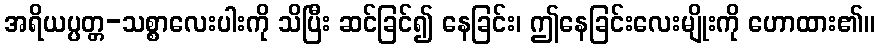
အရိယပ္ပတ္တ-သစ္စာလေးပါးကို သိပြီး ဆင်ခြင်၍ နေခြင်း၊ ဤနေခြင်းလေးမျိုးကို ဟောထား၏။